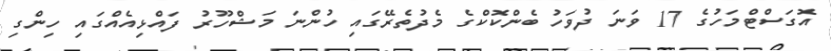
އޮގަސްޓްމަހުގެ 17 ވަނަ ދުވަހު ބެންކޮކްގެ މެދުތެރޭގައި ހުންނަ މަޝްހޫރު ފައްޅިއެއްގައި ހިންގި